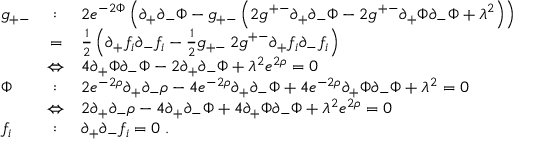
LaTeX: \begin{array} { l c l } { { g _ { + - } } } & { { : } } & { { 2 e ^ { - 2 \Phi } \left( \partial _ { + } \partial _ { - } \Phi - g _ { + - } \left( 2 g ^ { + - } \partial _ { + } \partial _ { - } \Phi - 2 g ^ { + - } \partial _ { + } \Phi \partial _ { - } \Phi + \lambda ^ { 2 } \right) \right) } } \\ { { \ } } & { { = } } & { { { \frac { 1 } { 2 } } \left( \partial _ { + } f _ { i } \partial _ { - } f _ { i } - { \frac { 1 } { 2 } } g _ { + - } \, 2 g ^ { + - } \partial _ { + } f _ { i } \partial _ { - } f _ { i } \right) } } \\ { { \ } } & { { \Leftrightarrow } } & { { 4 \partial _ { + } \Phi \partial _ { - } \Phi - 2 \partial _ { + } \partial _ { - } \Phi + \lambda ^ { 2 } e ^ { 2 \rho } = 0 } } \\ { { \Phi } } & { { : } } & { { 2 e ^ { - 2 \rho } \partial _ { + } \partial _ { - } \rho - 4 e ^ { - 2 \rho } \partial _ { + } \partial _ { - } \Phi + 4 e ^ { - 2 \rho } \partial _ { + } \Phi \partial _ { - } \Phi + \lambda ^ { 2 } = 0 } } \\ { { \ } } & { { \Leftrightarrow } } & { { 2 \partial _ { + } \partial _ { - } \rho - 4 \partial _ { + } \partial _ { - } \Phi + 4 \partial _ { + } \Phi \partial _ { - } \Phi + \lambda ^ { 2 } e ^ { 2 \rho } = 0 } } \\ { { f _ { i } } } & { { : } } & { { \partial _ { + } \partial _ { - } f _ { i } = 0 \; . } } \end{array}